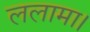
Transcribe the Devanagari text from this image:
ललामा।